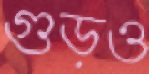
গুড়ও